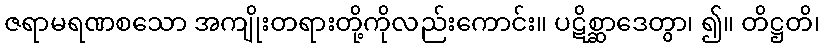
ဇရာမရဏစသော အကျိုးတရားတို့ကိုလည်းကောင်း။ ပဋိစ္ဆာဒေတွာ၊ ၍။ တိဋ္ဌတိ၊